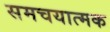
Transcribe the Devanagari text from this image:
समचयात्मक